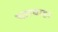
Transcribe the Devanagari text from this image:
चारबाहा